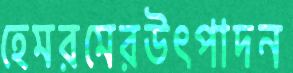
হেমরমেরউৎপাদন